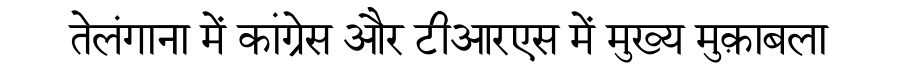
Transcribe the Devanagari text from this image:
तेलंगाना में कांग्रेस और टीआरएस में मुख्य मुक़ाबला